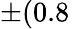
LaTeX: \pm(0.8\